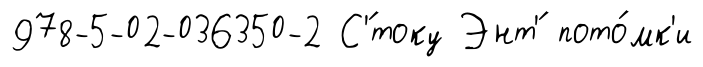
978-5-02-036350-2 С'́току Энт'́ пото́мк'и